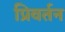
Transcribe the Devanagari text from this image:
प्रिवर्तन